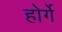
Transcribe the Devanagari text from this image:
होर्गे